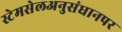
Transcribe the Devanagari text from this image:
स्टेमसेलअनुसंधानपर